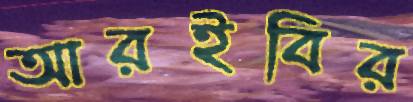
আরইবির